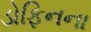
ડોફિનના